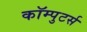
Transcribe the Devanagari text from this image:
कॉम्पुटर्स